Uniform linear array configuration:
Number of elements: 64
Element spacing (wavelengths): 0.5
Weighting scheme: hann
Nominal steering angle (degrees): -30
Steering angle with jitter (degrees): -30.114
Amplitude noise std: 0.05
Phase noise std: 0.05

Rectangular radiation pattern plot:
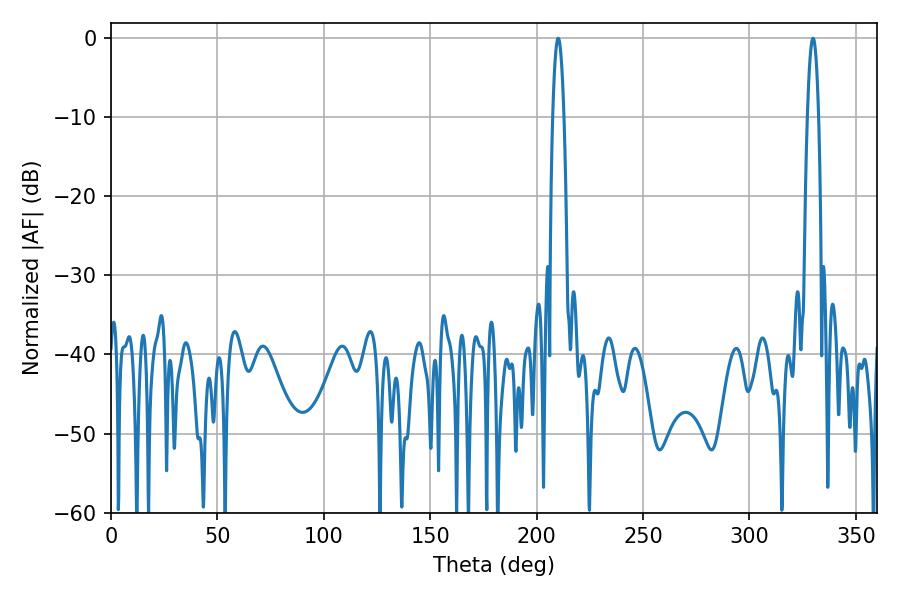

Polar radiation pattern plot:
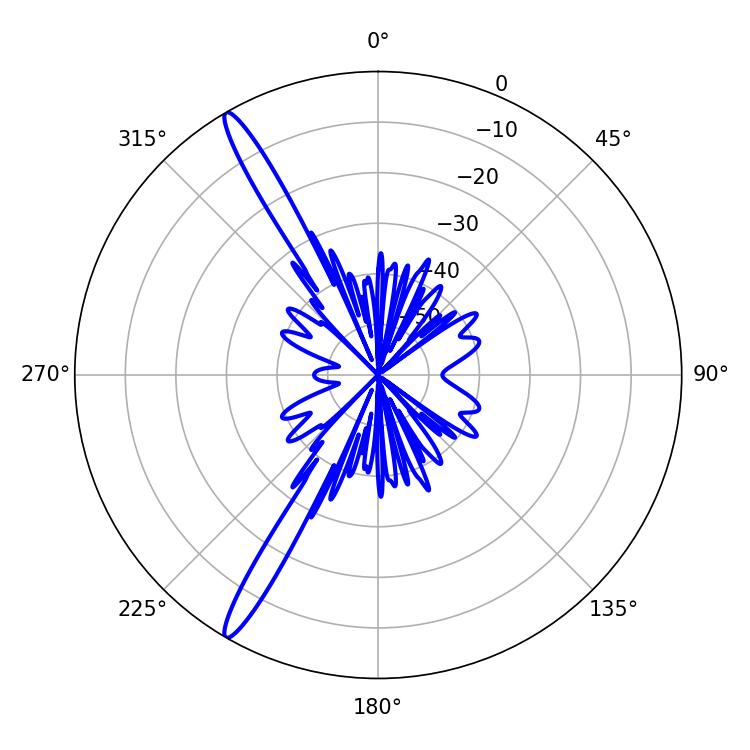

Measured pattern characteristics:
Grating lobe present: FALSE
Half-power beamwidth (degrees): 2.88
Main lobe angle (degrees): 210.06